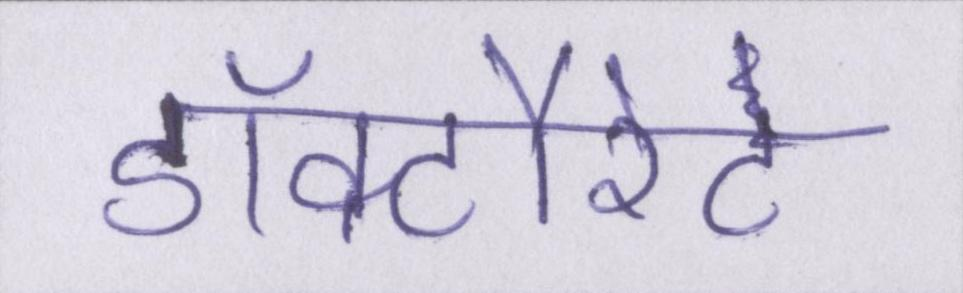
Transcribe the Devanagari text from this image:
डॉक्टौरेट